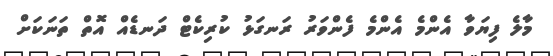
މާލެ ފިޔަވާ އެންމެ އެންމެ ފެންވަރު ރަނގަޅު ކުރިކެޓް ދަނޑެއް އޮތް ތަނަކަށް